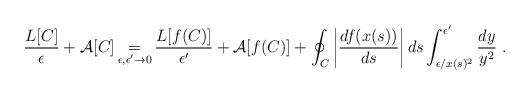
LaTeX: \begin{align*}\frac{L[C]}{\epsilon }+\mathcal{A}[C]\mathop {=}_{\epsilon ,\epsilon '\to 0}\frac{L[f(C)]}{\epsilon '}+\mathcal{A}[f(C)]+\oint _{C}\left| \frac{df(x(s))}{ds}\right| ds\int _{\epsilon /x(s)^{2}}^{\epsilon '}\frac{dy}{y^{2}}\; .\end{align*}